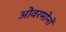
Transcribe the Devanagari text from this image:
ओवरमोनों